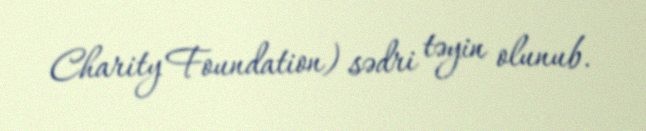
Charity Foundation) sədri təyin olunub.